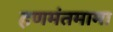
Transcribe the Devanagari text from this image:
हणमंतमामा